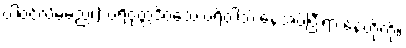
ပါဝင်လိမ့်မည်၊) ပရိဝုတ္တဒိဝသေ ပရိဝါသ် နေအပ်ပြီးရာ နေ့တို့ကို။